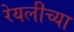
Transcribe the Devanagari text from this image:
रेयलीच्या